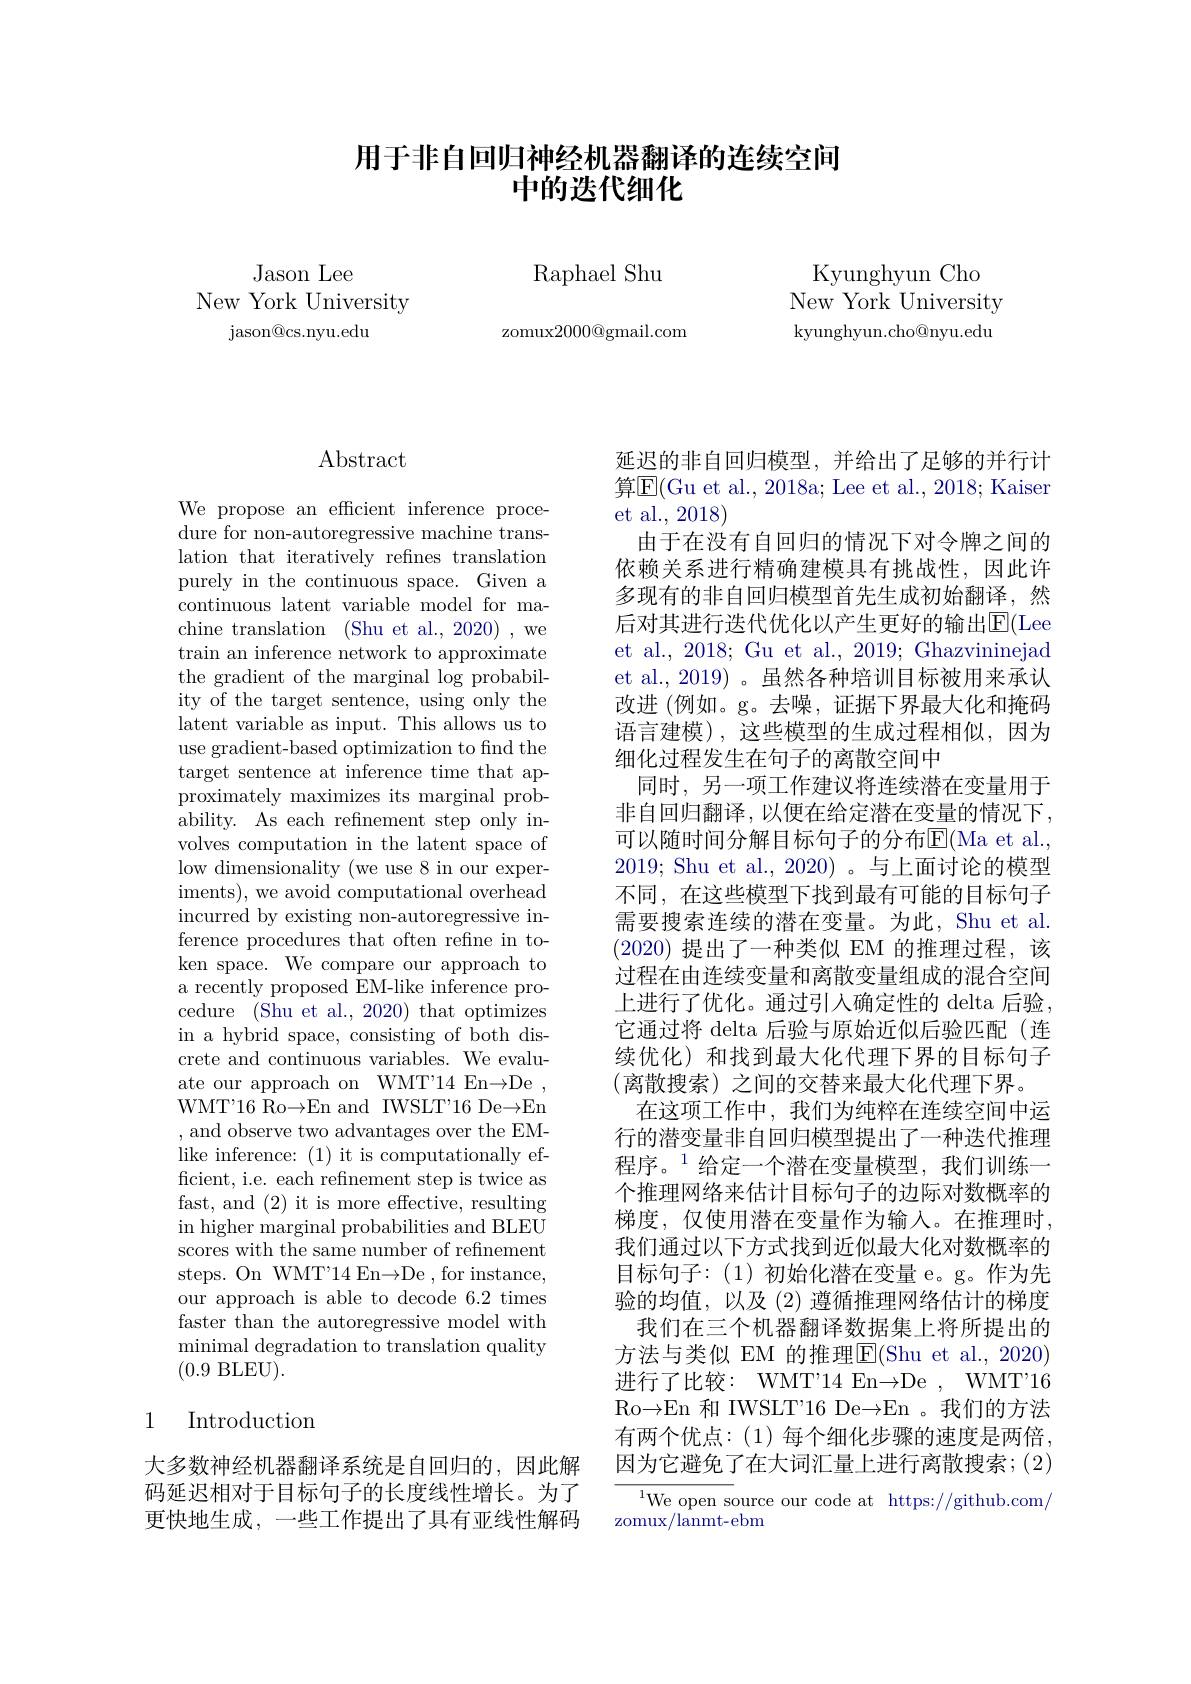
# 用于非自回归神经机器翻译的连续空间中的迭代细化

Jason Lee
New York University
${\mathrm{jason@cs.nyu.edu}}$

Raphael Shu

zomux2000@gmail.com

Kyunghyun Cho New York University kyunghyun.cho@nyu.edu

# Abstract

We propose an efficient inference procedure for non-autoregressive machine translation that iteratively refines translation purely in the continuous space. Given a continuous latent variable model for machine translation (Shu et al., 2020) , we train an inference network to approximate the gradient of the marginal $\log$probability of the target sentence, using only the latent variable as input. This allows us to use gradient-based optimization to find the target sentence at inference time that approximately maximizes its marginal probability. As each refinement step only involves computation in the latent space of low dimensionality (we use 8 in our experiments), we avoid computational overhead incurred by existing non-autoregressive inference procedures that often refine in token space. We compare our approach to a recently proposed EM-like inference procedure $\allowbreak ( {\mathrm{mod}} $Shu et al. , 2020) that optimizes) in a hybrid space, consisting of both discrete and continuous variables. We evaluate our approach on WMT'14 En→De , WMT'16 Ro$\to$En and IWSLT'16 De$\to$En ,and observe two advantages over the EMlike inference: (1) it is computationally efficient, i.e. each refinement step is twice as fast, and (2) it is more effective, resulting in higher marginal probabilities and BLEU scores with the same number of refnement steps. On WMT'14 En→De , for instance, our approach is able to decode 6.2 times faster than the autoregressive model with minimal degradation to translation quality (0.9 BLEU).

# 1 Introduction

大多数神经机器翻译系统是自回归的，因此解码延迟相对于目标句子的长度线性增长。为了更快地生成，一些工作提出了具有亚线性解码

延迟的非自回归模型，并给出了足够的并行计算$\overline{\mathrm{E}}($Gu et al., 2018a; Lee et al., 2018; Kaiser et al., 2018)
由于在没有自回归的情况下对令牌之间的依赖关系进行精确建模具有挑战性，因此许多现有的非自回归模型首先生成初始翻译，然后对其进行迭代优化以产生更好的输出$\overline{\mathrm{E}}($Lee et al., 2018; Gu et al., 2019; Ghazvininejad et al.,2019)。虽然各种培训目标被用来承认改进 (例如。g。去噪，证据下界最大化和掩码语言建模),这些模型的生成过程相似，因为细化过程发生在句子的离散空间中
同时，另一项工作建议将连续潜在变量用于非自回归翻译，以便在给定潜在变量的情况下， 可以随时间分解目标句子的分布$\mathbb{E}($Ma et al. 2019; Shu et al., 2020)。与上面讨论的模型不同，在这些模型下找到最有可能的目标句子需要搜索连续的潜在变量。为此，Shu et al. (2020)提出了一种类似 EM 的推理过程，该过程在由连续变量和离散变量组成的混合空间上进行了优化。通过引人确定性的 delta 后验， 它通过将 delta 后验与原始近似后验匹配(连续优化) 和找到最大化代理下界的目标句子(离散搜索)之间的交替来最大化代理下界。
在这项工作中，我们为纯粹在连续空间中运行的潜变量非自回归模型提出了一种迭代推理程序。$^{1}$给定一个潜在变量模型，我们训练一个推理网络来估计目标句子的边际对数概率的梯度，仅使用潜在变量作为输入。在推理时， 我们通过以下方式找到近似最大化对数概率的目标句子：(1)初始化潜在变量 e。作为先验的均值，以及(2)遵循推理网络估计的梯度我们在三个机器翻译数据集上将所提出的
方法与类似 EM 的推理$\overline{\mathrm{E}}($Shu et al., 2020) 进行了比较：WMT'14 En→De , WMT'16 Ro$\to$En 和 IWSLT'16 De$\to$En 。我们的方法有两个优点：(1)每个细化步骤的速度是两倍， 因为它避免了在大词汇量上进行离散搜索；(2)
${\frac{{^1}\mathrm{We~open~so}}}$urce our code at https://github.com/

zomux/lanmt-ebm